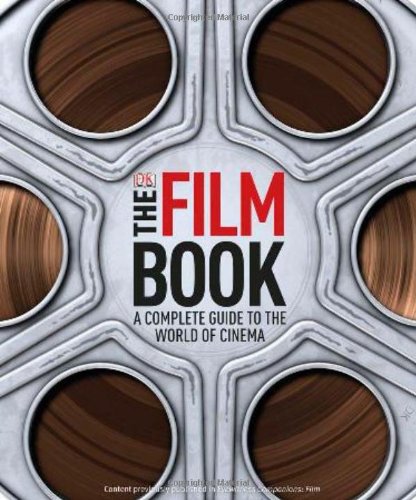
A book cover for The Film Book; Ronald Bergan; Humor & Entertainment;